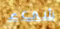
شيء